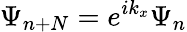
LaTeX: \Psi_{n+N}=e^{ik_{x}}\Psi_{n}